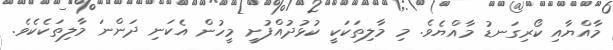
މާއްޔާއި ކޯރިގަނޑު މާއްޔެވެ. މި މާލިތަކަކީ ކުޅުދުއްފުށީ މީހުން އެކަނި ދަންނަ މާލިތަކެކެވެ.